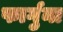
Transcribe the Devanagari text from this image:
फार्गुना